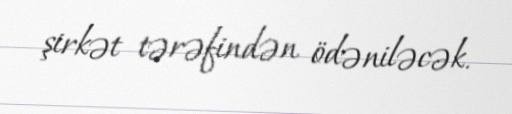
şirkət tərəfindən ödəniləcək.